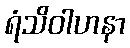
ရံသိဝါဟနာ